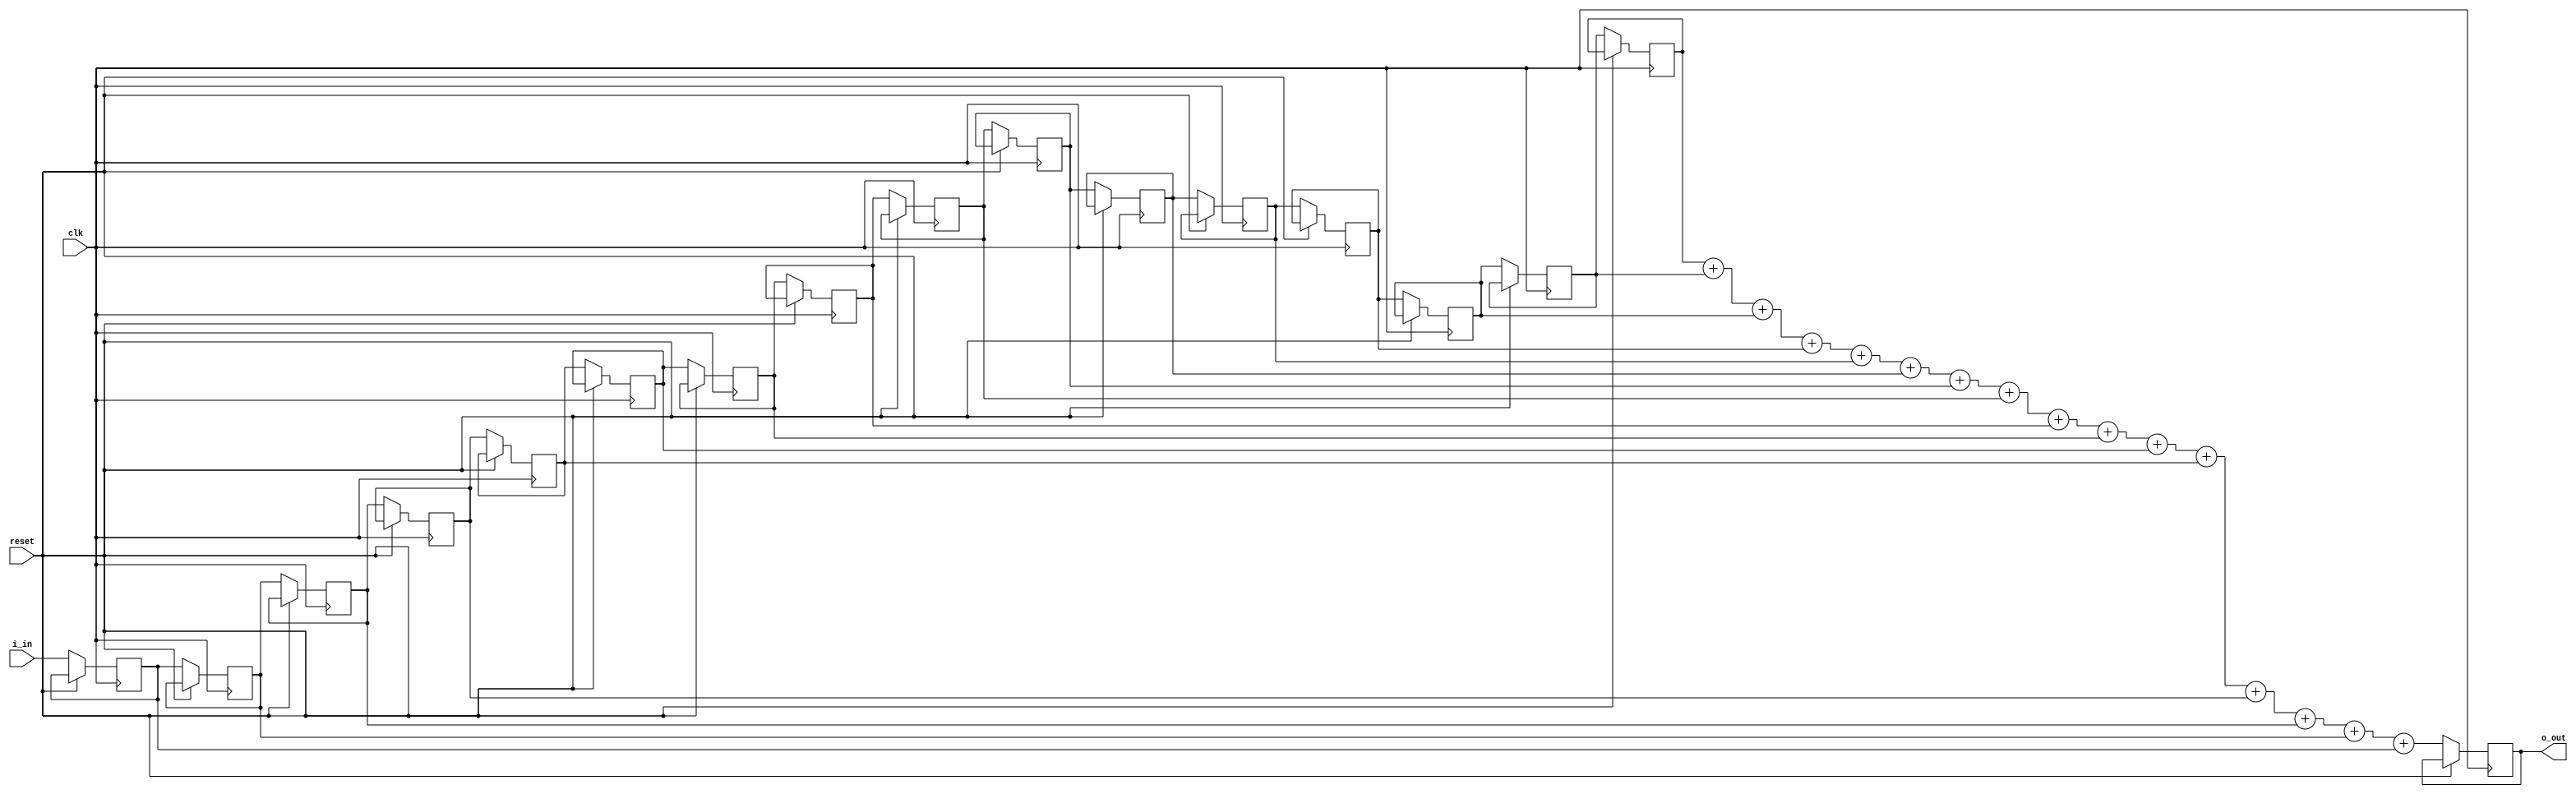
module fir_filter(clk, reset, i_in, o_out);
    parameter WIDTH=10;

    integer i;

    input clk;
    input reset;

    input [WIDTH-1:0]       i_in;
    output[15:0]       o_out;

    reg [WIDTH-1:0]         r_mem[15:0];

    // Make verilator happy
    // verilator lint_off UNUSED
    reg [15:0]              r_out = 0;
    assign                  o_out = r_out[15:0];
    // verilator lint_on UNUSED

    always @ (posedge clk) begin
        if (reset) begin
        end
        else begin

            for(i = 1; i < 16; i = i + 1) begin
                r_mem[i - 1] <= r_mem[i];
            end
            r_mem[15] <= i_in;

            r_out <= ({6'd0, r_mem[0]}
                        + {6'd0, r_mem[1]}
                        + {6'd0, r_mem[2]}
                        + {6'd0, r_mem[3]}
                        + {6'd0, r_mem[4]}
                        + {6'd0, r_mem[5]}
                        + {6'd0, r_mem[6]}
                        + {6'd0, r_mem[7]}
                        + {6'd0, r_mem[8]}
                        + {6'd0, r_mem[9]}
                        + {6'd0, r_mem[10]} 
                        + {6'd0, r_mem[11]}
                        + {6'd0, r_mem[12]} 
                        + {6'd0, r_mem[13]} 
                        + {6'd0, r_mem[14]} 
                        + {6'd0, r_mem[15]});
        end
    end

endmodule